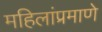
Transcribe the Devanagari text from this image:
महिलांप्रमाणे